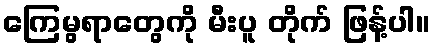
ကြေမွရာတွေကို မီးပူ တိုက် ဖြန့်ပါ။